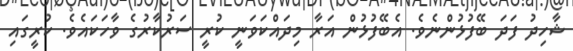
ޝާހިދު ފަދަ ބޭފުޅުންނެވެ. އެބޭފުޅުން އަރާ މިދައްކަވަނީ ކުރީ ސަރުކާރުގެ ވާހަކައެވެ. ކުރީގައި